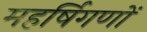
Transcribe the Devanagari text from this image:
महर्षिगणों